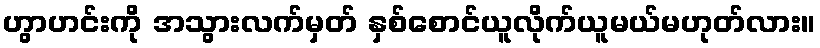
ဟွာဟင်းကို အသွားလက်မှတ် နှစ်စောင်ယူလိုက်ယူမယ်မဟုတ်လား။